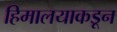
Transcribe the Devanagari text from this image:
हिमालयाकडून